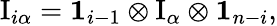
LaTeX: \mathrm{I}_{i\alpha}=\textbf{1}_{i-1}\otimes\mathrm{I}_{\alpha}\otimes\textbf{1}_{n-i},